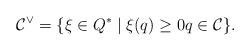
LaTeX: \begin{align*}\mathcal C^\vee = \lbrace \xi \in Q^* \mid \xi(q) \ge 0 q \in \mathcal C \rbrace.\end{align*}